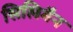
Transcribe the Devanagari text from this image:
सिलिमैन